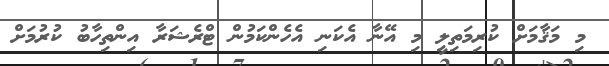
މި މަޤާމަށް ކުރިމަތިލީ މި އޭނާ އެކަނި އެހެންކަމުން ޓްރެޝަރާ އިންތިހާބު ކުރުމަށް